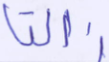
زالتا